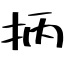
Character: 抦